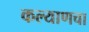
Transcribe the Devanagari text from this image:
कल्याणचा